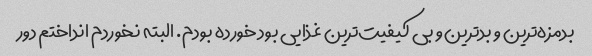
بدمزه‌ترین و بد‌ترین و بی کیفیت‌ترین غذایی بود خورده بودم. البته نخوردم انداختم دور